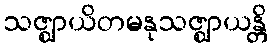
သဇ္ဈာယိတမနုသဇ္ဈာယန္တိ